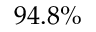
9 4 . 8 \%